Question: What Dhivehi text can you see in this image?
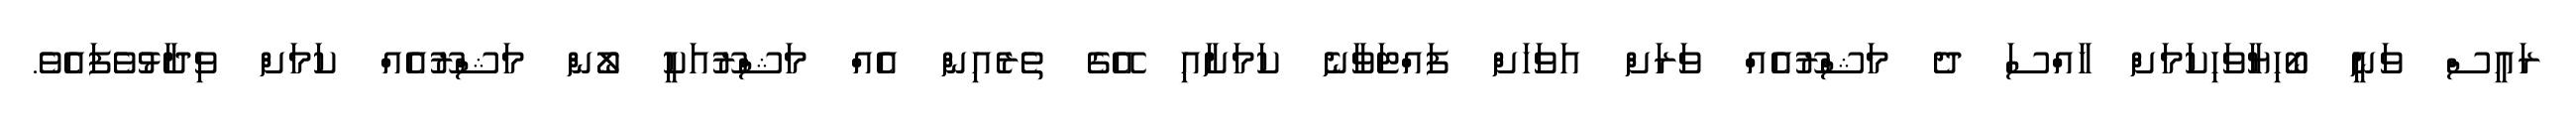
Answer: ރައީސް ވަނީ ބޯހިޔާވަހިކަމަށް ހާއްސަ ދެ މަޝްރޫއެއް ވަރަށް އަވަހަށް ފައްޓަވާނެ ކަމަށާއި އޭގެ ތެރެއިން އެއް މަޝްރޫއަކީ ލޯން މަޝްރޫއެއް ކަމަށް ވިދާޅުވެފައެވެ.